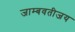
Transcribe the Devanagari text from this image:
जाम्बवतीजय